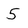
Character: 5